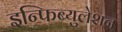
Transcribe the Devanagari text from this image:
इन्फिब्युलेशन